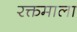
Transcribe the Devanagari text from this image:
रक्तमाला